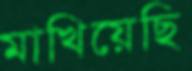
মাখিয়েছি